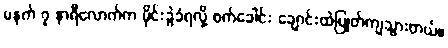
မနက် ၇ နာရီလောက်က မိုင်းခွဲခံရလို့ စက်ခေါင်း ချောင်းထဲပြုတ်ကျသွားတယ်။